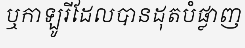
ឬកាឡូរីដែលបានដុតបំផ្លាញ